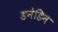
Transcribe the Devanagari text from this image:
डनेडिन